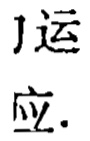
1运
应.